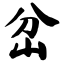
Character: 岔